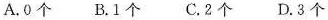
A.0个 B.1个 C.2个 D.3个